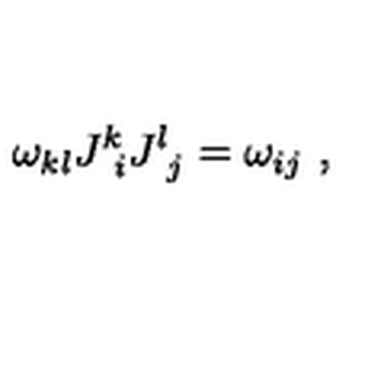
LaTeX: \omega _ { k l } J _ { \ i } ^ { k } J _ { \ j } ^ { l } = \omega _ { i j } \ ,